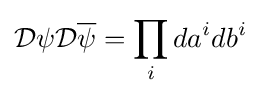
{\mathcal {D}}\psi {\mathcal {D}}{\overline {\psi }}=\prod \limits _{i}da^{i}db^{i}